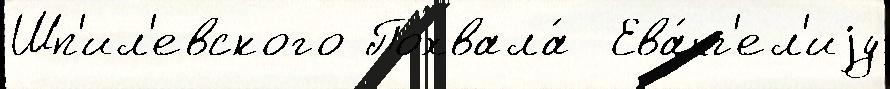
Шп'ил'евского Похвала́  Ева́нг'ел'иjу